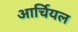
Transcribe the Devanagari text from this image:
आर्चियल